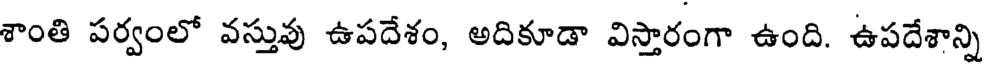
శాంతి పర్వంలో వస్తువు ఉపదేశం, అదికూడా విస్తారంగా ఉంది. ఉపదేశాన్ని